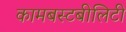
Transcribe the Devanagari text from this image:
कामबस्टबीलिटी